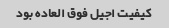
کیفیت اجیل فوق العاده بود